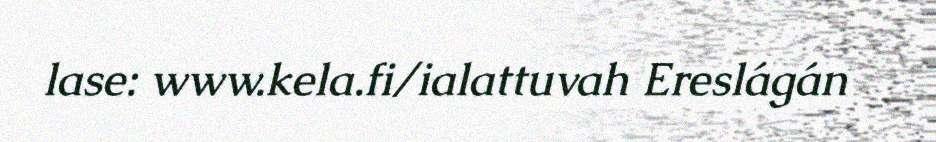
lase: www.kela.fi/ialattuvah Ereslágán